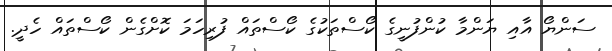
ސަންޔޯ އާއި ޔަންމާ ކުންފުނީގެ ކޯސްތަކުގެ ކޯސްތައް ފުރިހަމަ ކޮށްގެން ކޯސްތައް ހެދީ.